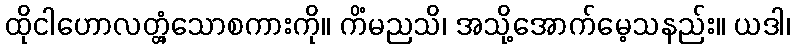
ထိုငါဟောလတ္တံ့သောစကားကို။ ကိံမညသိ၊ အသို့အောက်မေ့သနည်း။ ယဒါ၊